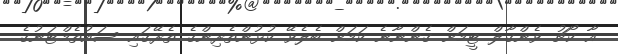
އާ ކޯޗު ވެންގާލް ޓީމަށް ގެންނާނެ ކަމަށް ބެލެވޭ ކުޅުންތެރިންގެ ތެރޭގައި ސައުތެމްޓަނުގެ